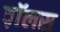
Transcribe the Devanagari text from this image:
व़ाॅलस